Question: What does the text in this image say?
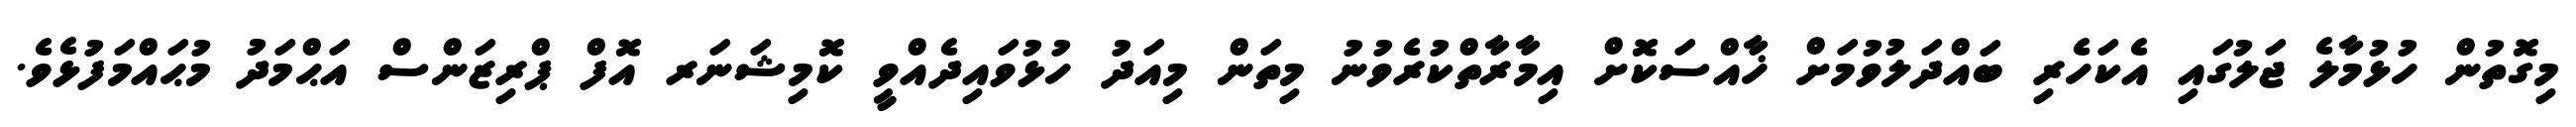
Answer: މިގޮތުން ހުޅުމާލެ ޖަލުގައި އެކަހެރި ބައްދަލުވުމަށް ޚާއްސަކޮށް އިމާރާތްކުރެވުނު މިތަން މިއަދު ހުޅުވައިދެއްވީ ކޮމިޝަނަރ އޮފް ޕްރިޒަންސް އަޙްމަދު މުޙައްމަފުޅެވެ.